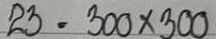
23 = 300x300